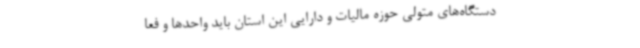
دستگاه‌های متولی حوزه مالیات و دارایی این استان باید واحدها و فعا